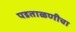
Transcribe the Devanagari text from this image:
पडताळणीचा